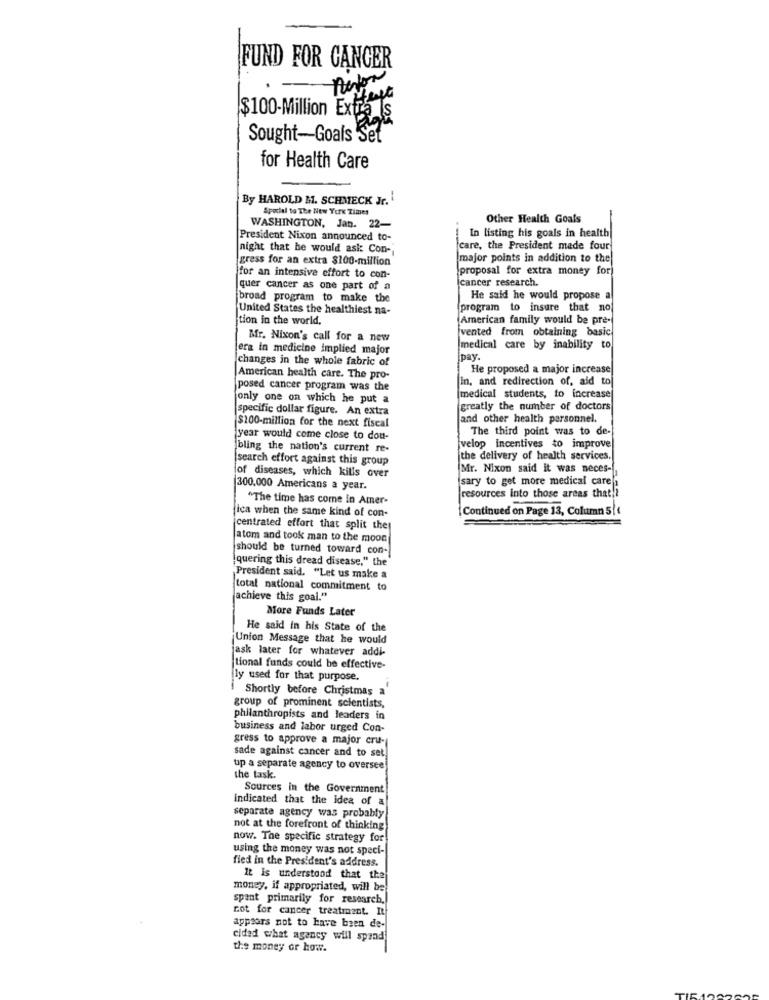
FUND FOR CANCER
-
$100-Million Extra S
Sought-Goals Set
for Health Care
By HAROLD M. SCHMECK Jr.
Special to The New York Times
Other Health Goals
WASHINGTON, Jan. 22-
In listing his goals in health
President Nixon announced to-
night that he would ask Con-
care, the President made four
gress for an extra $100-million
major points in addition to the
proposal for extra money for)
for an intensive effort to con-
cancer research.
quer cancer as one part of a
broad program to make the
He said he would propose a
United States the healthiest na-
program to insure that no
tion in the world,
American family would be pre-
vented from obtaining basic
Mr. Nixon's call for a new
era in medicine implied major
medical care by inability to
changes in the whole fabric of
Ipay.
He proposed a major increase
American health care. The pro-
in, and redirection of, aid to
posed cancer program was the
only one on which he put a
(medical students, to increase|
specific dollar figure. An extra
greatly the number of doctors
and other health personnel.
$100-million for the next fiscal
The third point was to de-
year would come close to dou-
bling the nation's current re-
velop incentives to improve
search effort against this group
the delivery of health services.
Mr. Nixon said it was neces-
of diseases, which kills over
sary to get more medical care
300.000 Americans a year.
"The time has come in Amer-
resources into those areas that !!
ica when the same kind of con-
Continued on Page 13, Column 5| €
jcentrated effort that split they
atom and took man to the moon
should be turned toward con-
quering this dread disease," the
President said. "Let us make a
total national commitment to
achieve this goal."
More Funds Later
He said In his State of the
Union Message that he would
jask later for whatever addk
tional funds could be effective-
ly used for that purpose.
Shortly before Christmas a
group of prominent scientists,
philanthropists and leaders in
business and labor urged Con-
gress to approve a major cru-
sade against cancer and to set
up a separate agency to oversee
the task.
Sources in the Government
indicated that the idea of a
separate agency was probably
not at the forefront of thinking
now. The specific strategy for
using the money was not speci-
fied in the President's address.
It Is understood that the
money, if appropriated, will be
spant primarily for research,
not for cancer treatment. It
appears not to have been de-
cidad what agency will spend
the money or how.